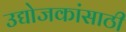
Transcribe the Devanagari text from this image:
उद्योजकांसाठी